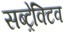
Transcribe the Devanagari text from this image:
सब्ट्रेक्टिव